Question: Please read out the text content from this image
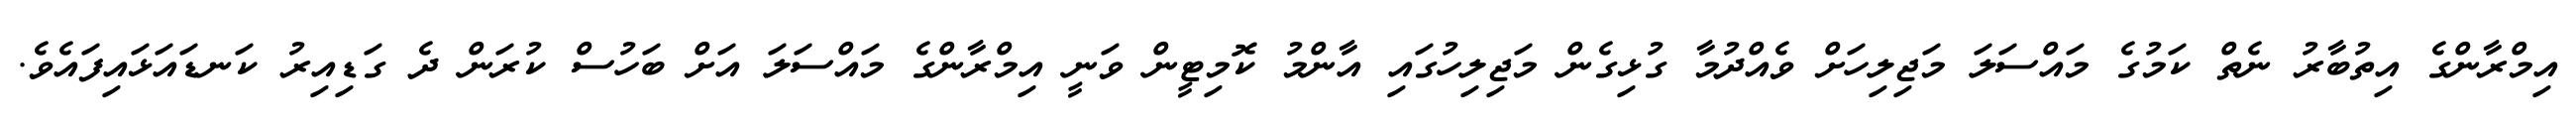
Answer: އިމްރާންގެ އިތުބާރު ނެތް ކަމުގެ މައްސަލަ މަޖިލިހަށް ވެއްދުމާ ގުޅިގެން މަޖިލިހުގައި އާންމު ކޮމިޓީން ވަނީ އިމްރާންގެ މައްސަލަ އަށް ބަހުސް ކުރަން ދެ ގަޑިއިރު ކަނޑައަޅައިފައެވެ.